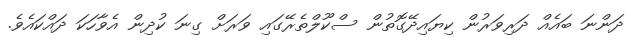
ދަންނަ ބައެއް ދަރިވަރުން ކިޔައިދޭގޮތުން ސްކޫލްތެރޭގައި ވަރަށް ގިނަ ކުދިން އެވާހަކަ ދައްކައެވެ.